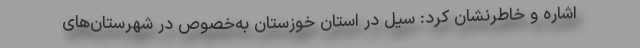
اشاره و خاطرنشان کرد: سیل در استان خوزستان به‌خصوص در شهرستان‌های